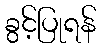
ခွင့်ပြုရန်